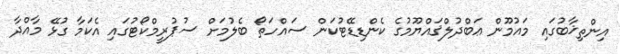
އިންތިޚާބުގައި މައުމޫން ޢަބްދުލްޤައްޔޫމުގެ ކެންޑިޑޭޓުކަން ސައްހަތޯ ބެލުމަށް ސުޕުރީމްކޯޓުގައި އެކަމާ ގުޅޭ މާއްދާ